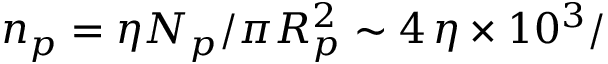
n _ { p } = \eta N _ { p } / \pi R _ { p } ^ { 2 } \sim 4 \, \eta \times 1 0 ^ { 3 } /